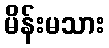
မိန်းမသား